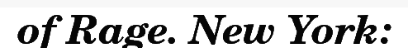
of Rage. New York: